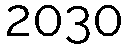
2030